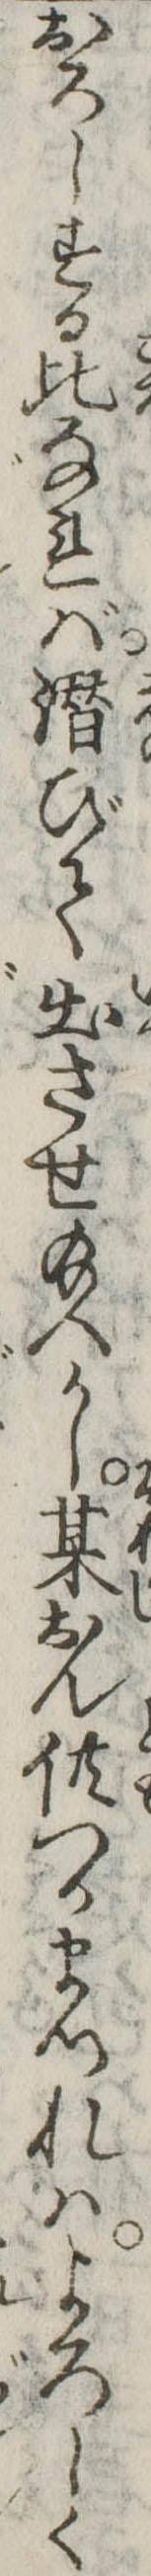
おろしする比なれば潜びて出させ給へかし某おん供つかまつれはよろしく